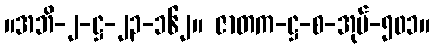
။အဘိ-၂-ဋ္ဌ-၂၃-၁၆၂။ ဇာတက-ဋ္ဌ-စ-အုပ်-၅၀၁။